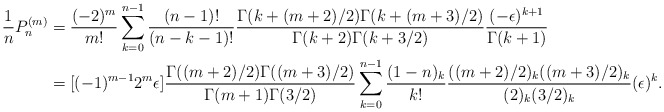
\begin{align*}\frac{1}{n}P_n^{(m)} &= \frac{(-2)^m}{m!}\sum_{k=0}^{n-1}\frac{(n-1)!}{(n-k-1)!}\frac{\Gamma(k+(m+2)/2)\Gamma(k+(m+3)/2)}{\Gamma(k+2)\Gamma(k+3/2)} \frac{(-\epsilon)^{k+1}}{\Gamma(k+1)}\\& = [(-1)^{m-1}2^m\epsilon]\frac{\Gamma((m+2)/2)\Gamma((m+3)/2)}{\Gamma(m+1)\Gamma(3/2)}\sum_{k=0}^{n-1}\frac{(1-n)_k}{k!}\frac{((m+2)/2)_k((m+3)/2)_k}{(2)_k(3/2)_k} (\epsilon)^{k}.\end{align*}